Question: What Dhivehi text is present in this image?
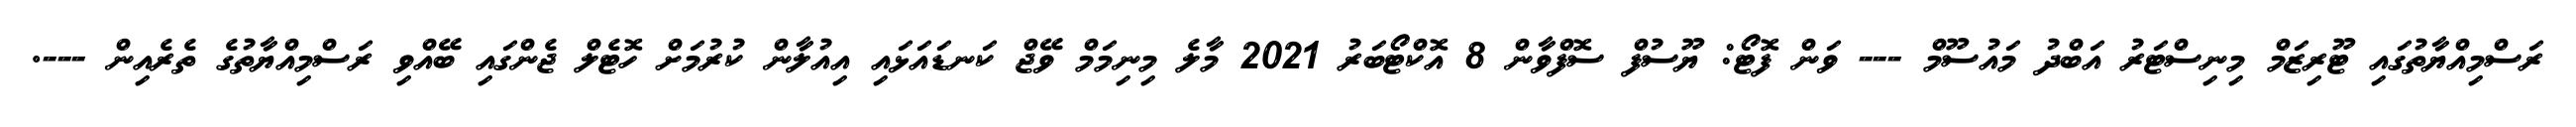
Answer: ރަސްމިއްޔާތުގައި ޓޫރިޒަމް މިނިސްޓަރު އަބްދު މައުސޫމް --- ވަން ފޮޓޯ: ޔޫސުފް ސޮފްވާން 8 އޮކްޓޯބަރު 2021 މާލެ މިނިމަމް ވޭޖް ކަނޑައަޅައި އިއުލާން ކުރުމަށް ހޮޓެލް ޖެންގައި ބޭއްވި ރަސްމިއްޔާތުގެ ތެރެއިން ---.